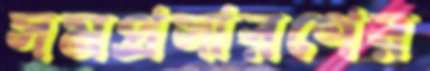
সমপ্রসারণের